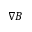
\nabla B